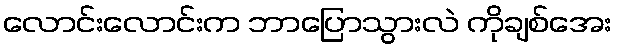
လောင်းလောင်းက ဘာပြောသွားလဲ ကိုချစ်အေး